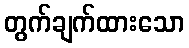
တွက်ချက်ထားသော